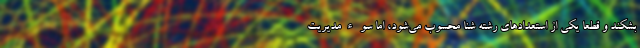
بشکند و قطعاً یکی از استعداد‌های رشته شنا محسوب می‌شود، اما سوءمدیریت